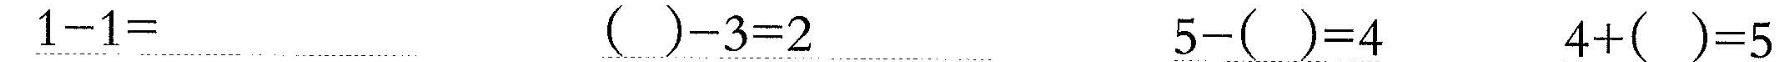
\underline{$$1 - 1 =$$} \underline{$$( ) - 3 = 2$$} \underline{$$5 - ( ) = 4$$} \underline{$$4 + ( ) = 5$$}